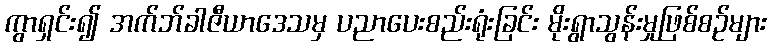
ကွာရှင်း၍ အက်ဘ်ခါဇီယာဒေသမှ ပညာပေးစည်းရုံးခြင်း မိုးရွာသွန်းမှုဖြစ်စဉ်များ